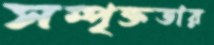
সম্পৃক্ততার